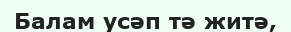
Балам усәп тә житә,